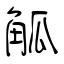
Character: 觚